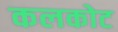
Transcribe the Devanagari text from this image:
कलकोट